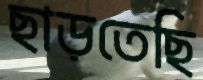
ছাড়তেছি